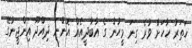
ހަތަރު ހާހަށް ވުރެ ގިނަ މީހުން ގެ އާބާދީއެއް އޮންނަ ދިއްދޫ އިންޖީނުގޭ